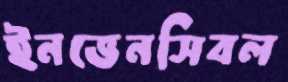
ইনভেনসিবল